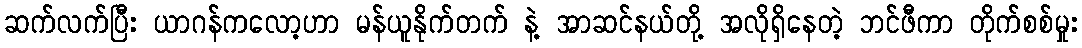
ဆက်လက်ပြီး ယာဂန်ကလော့ဟာ မန်ယူနိုက်တက် နဲ့ အာဆင်နယ်တို့ အလိုရှိနေတဲ့ ဘင်ဖီကာ တိုက်စစ်မှုး